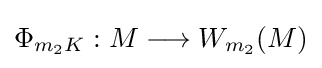
\Phi _{m_{2}K}:M\longrightarrow W_{m_{2}}(M)